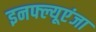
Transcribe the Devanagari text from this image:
इनफ्ल्यूएंजा